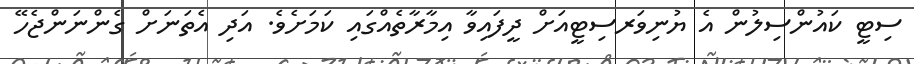
ސިޓީ ކައުންސިލުން އެ ޔުނިވަރސިޓީއަށް ދީފައިވާ އިމާރާތެއްގައި ކަމަށެވެ. އަދި އެތަނަށް ގެންނަންޖެހޭ